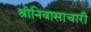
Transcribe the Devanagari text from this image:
श्रीनिवासाचारी